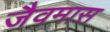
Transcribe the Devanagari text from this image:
जैवमास